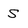
Character: S